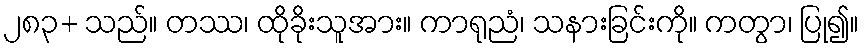
၂၈၃+ သည်။ တဿ၊ ထိုခိုးသူအား။ ကာရုညံ၊ သနားခြင်းကို။ ကတွာ၊ ပြု၍။